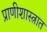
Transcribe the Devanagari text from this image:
प्राणीशास्त्रात